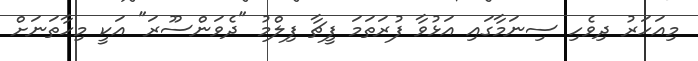
މިއަހަރު ދިވެހި ސިނަމާގައި އަޅުވާ ފުރަތަމަ ފީޗާ ފިލްމު "ދެވަންސޫރަ" އަކީ މިހާތަނަށް